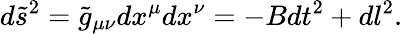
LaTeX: d\tilde{s}^{2}=\tilde{g}_{\mu\nu}dx^{\mu}dx^{\nu}=-Bdt^{2}+dl^{2}.